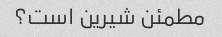
مطمئن شیرین است؟